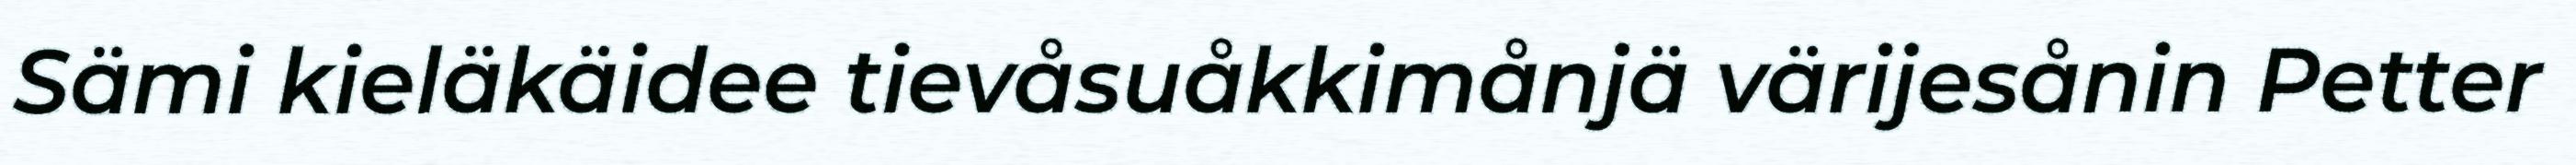
Sämi kieläkäidee tievåsuåkkimånjä värijesånin Petter